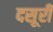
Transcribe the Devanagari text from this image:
दसूरी